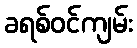
ခရစ်ဝင်ကျမ်း